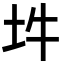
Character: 𡉯